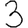
Digit: 3